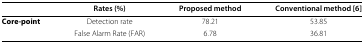
<table><thead><tr><td></td><td><b>Rates (%)</b></td><td><b>Proposed method</b></td><td><b>Conventional method [6]</b></td></tr></thead><tbody><tr><td><b>Core-point</b></td><td>Detection rate</td><td>78.21</td><td>53.85</td></tr><tr><td></td><td>False Alarm Rate (FAR)</td><td>6.78</td><td>36.81</td></tr></tbody></table>